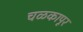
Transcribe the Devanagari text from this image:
चळकापूर